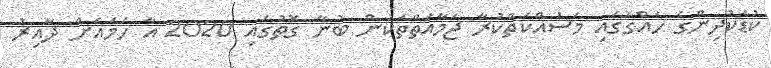
ކުޑަކުދިންގެ ހައްގުގައި މަސައްކަތްކުރާ ޖަމާއަތްތަކުން ބުނާ ގޮތުގައި 2020 އާ ހަމައަށް ދާއިރު